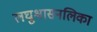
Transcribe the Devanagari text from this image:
लघुश्वासनलिका